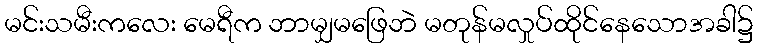
မင်းသမီးကလေး မေရီက ဘာမျှမဖြေဘဲ မတုန်မလှုပ်ထိုင်နေသောအခါ၌